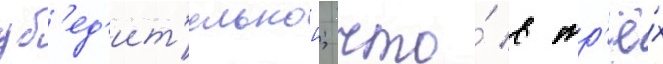
уб'ед'ит'ельнои; что́ в тр'ё́х